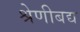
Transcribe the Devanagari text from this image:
श्रेणीबद्य